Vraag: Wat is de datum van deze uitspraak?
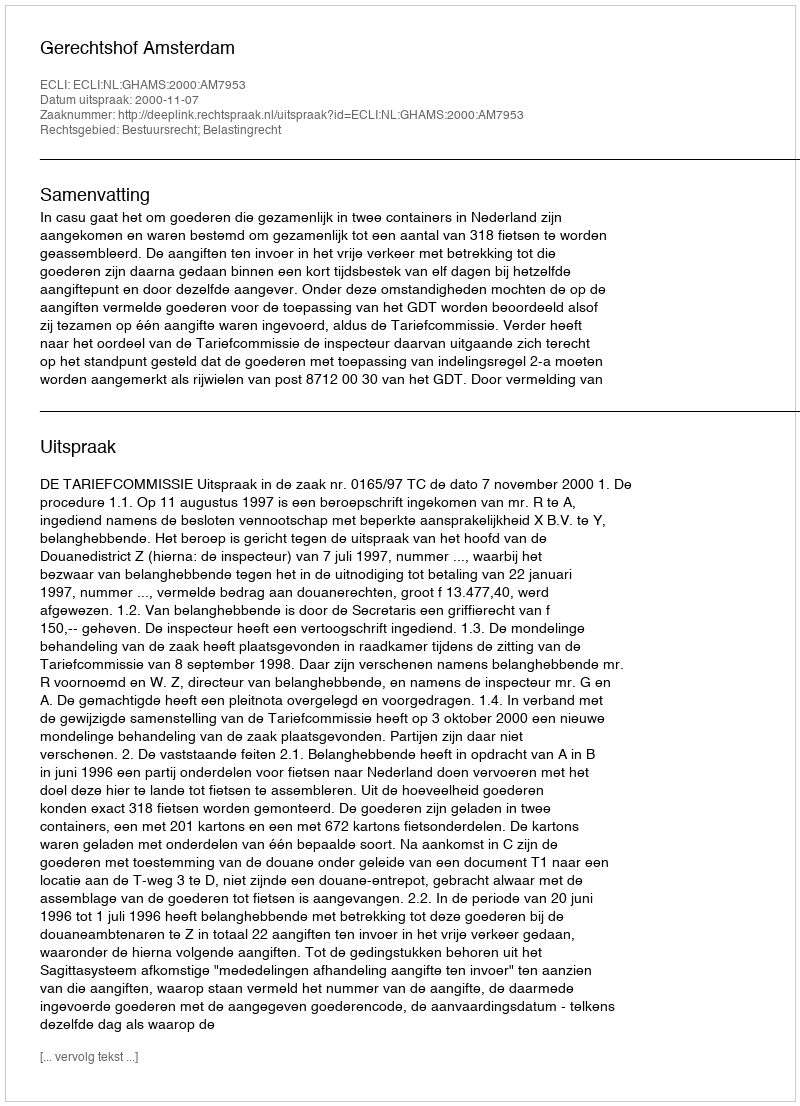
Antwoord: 2000-11-07